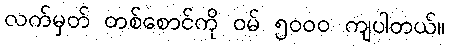
လက်မှတ် တစ်စောင်ကို ဝမ် ၅၀၀၀ ကျပါတယ်။